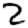
Digit: 2